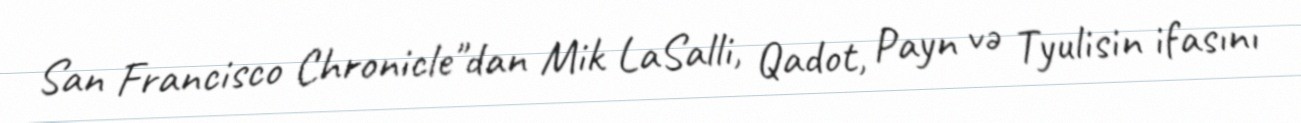
San Francisco Chronicle"dan Mik LaSalli, Qadot, Payn və Tyulisin ifasını